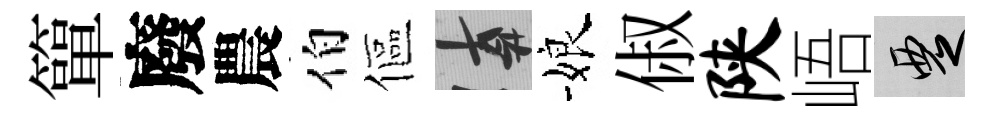
簞廢農伯傴遲娘俶陕峿覂